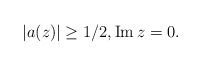
\begin{align*}|a(z)|\geq 1/2, \operatorname{Im} z=0.\end{align*}